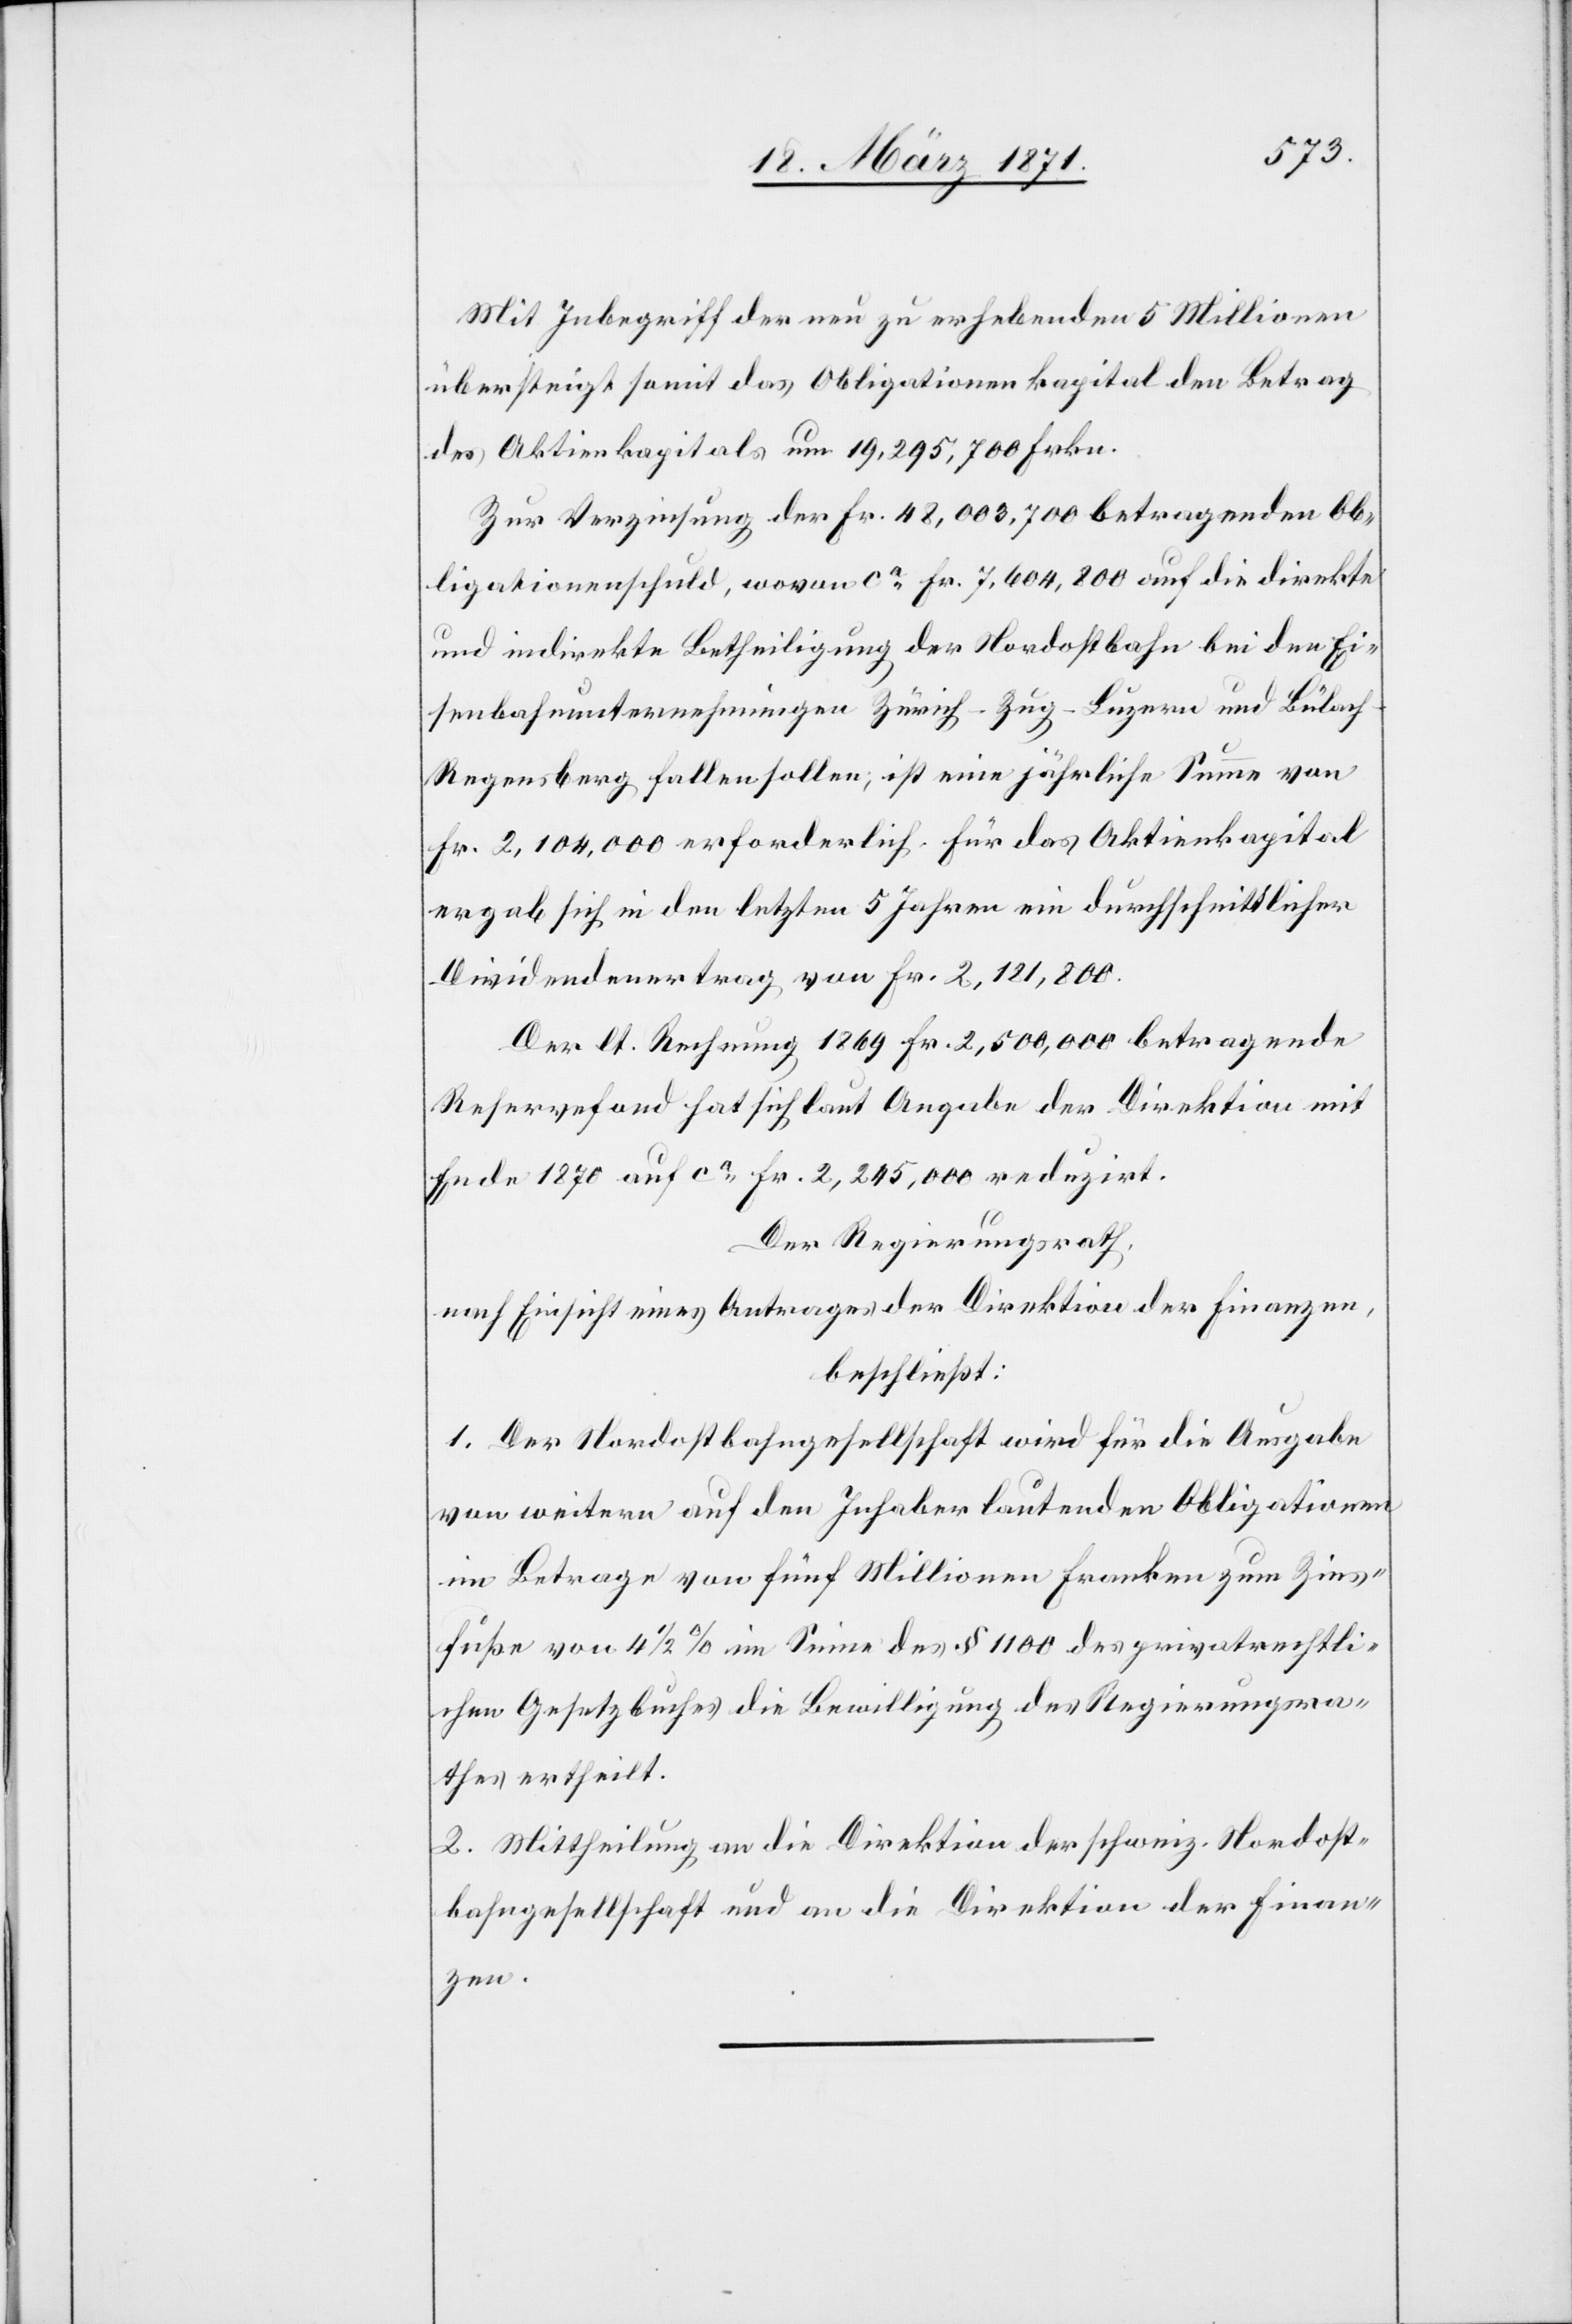
Mit Zuschrift der neu zu erhebenden 5 Millionen
übersteigt somit das Obligationenkapital den Betrag
des Aktienkapitals um 19,295,700 Frkn.
Zur Verzinsung der Fr. 48,003,700 betragenden Ob¬
ligationenschuld, wovon ca. Fr. 7,604,800 auf die direkte
und indirekte Betheiligung der Nordostbahn bei den Ei¬
senbahnunternehmungen Zürich-Zug-Luzern und Bülac¬
h-Regensberg fallen sollen, ist eine jährliche Summe von
Fr. 2,104,000 erforderlich für das Aktienkapital
ergab sich in den letzten 5 Jahren ein durchschnittlicher
Dividendenertrag von Fr. 2,121,800.
Der lt. Rechnung 1869 Fr. 2,500,000 betragende
Reservefond hat sich laut Angabe der Direktion mit
Ende 1870 auf ca. Fr. 2,245,000 reduzirt.
Der Regierungsrath,
nach Einsicht eines Antrages der Direktion der Finanzen,
beschließt:
1. Der Nordostbahngesellschaft wird für die Ausgabe
von weitern auf den Inhaber lautenden Obligationen
im Betrage von fünf Millionen Franken zum Zins¬
fuße von 4 1/2% im Sinne des § 1100 des privatrechtli¬
chen Gesetzbuches die Bewilligung des Regierungsra¬
thes ertheilt.
2. Mittheilung an die Direktion der schweiz. Nordost¬
bahngesellschaft und an die Direktion der Finan¬
zen.